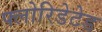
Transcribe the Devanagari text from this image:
फ्लोरिडेटेड